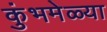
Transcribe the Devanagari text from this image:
कुंभमेळ्या